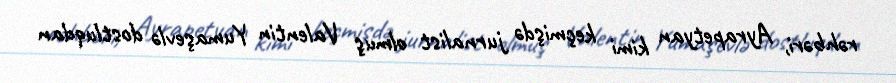
rəhbəri, Ayrapetyan kimi keçmişdə jurnalist olmuş Valentin Yumaşevlə dostluqdan